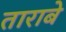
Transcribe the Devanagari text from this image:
ताराबे